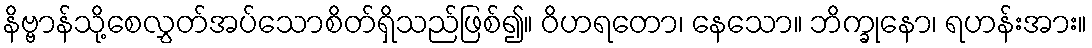
နိဗ္ဗာန်သို့စေလွှတ်အပ်သောစိတ်ရှိသည်ဖြစ်၍။ ဝိဟရတော၊ နေသော။ ဘိက္ခုနော၊ ရဟန်းအား။